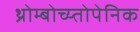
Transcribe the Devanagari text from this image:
थ्रोम्बोच्य्तोपेनिक